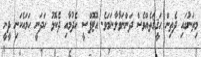
މިތަނުގައި ދެތިން ޙަޤީޤަތެއްވެސް ދަންނަވާލާނަމަވެ. އޮޓޮޕްސީ ހެދުމާއި ދެކޮޅު ހަދަނީ ހަމައެކަނި ދީނީ